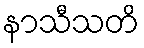
နာသီသတိ